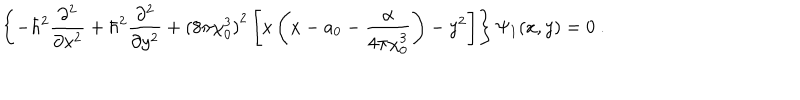
\left\{ - \hbar ^ { 2 } \frac { \partial ^ { 2 } } { \partial x ^ { 2 } } + \hbar ^ { 2 } \frac { \partial ^ { 2 } } { \partial y ^ { 2 } } + { ( 8 \pi \chi _ { 0 } ^ { 3 } ) } ^ { 2 } \left[ x \left( x - a _ { 0 } - \frac { \alpha } { 4 \pi \chi _ { 0 } ^ { 3 } } \right) - y ^ { 2 } \right] \right\} \Psi _ { 1 } ( x , y ) = 0 ~ .